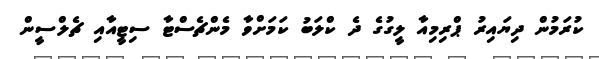
ކުރަމުން ދިޔައިރު ޕްރިމިއާ ލީގުގެ ދެ ކްލަބު ކަމަށްވާ މެންޗެސްޓާ ސިޓީއާއި ޗެލްސީން